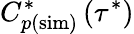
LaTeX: C_{p(\mathrm{sim})}^{*}\left(\tau^{*}\right)